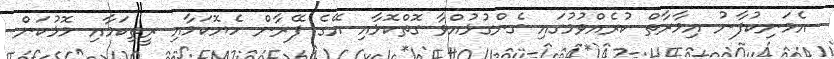
އެމަނިކުފާނު އިމާރާތް ކުރެއްވުމުގައި ގެންގުޅުއްވާ ގޮތްކޮޅާއި އޭގެ ފޭރާން ހެޔޮކަމާއި ރީތިކަމާއި މޮޅުކަން